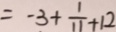
= - 3 + \frac { 1 } { 1 1 } + 1 2